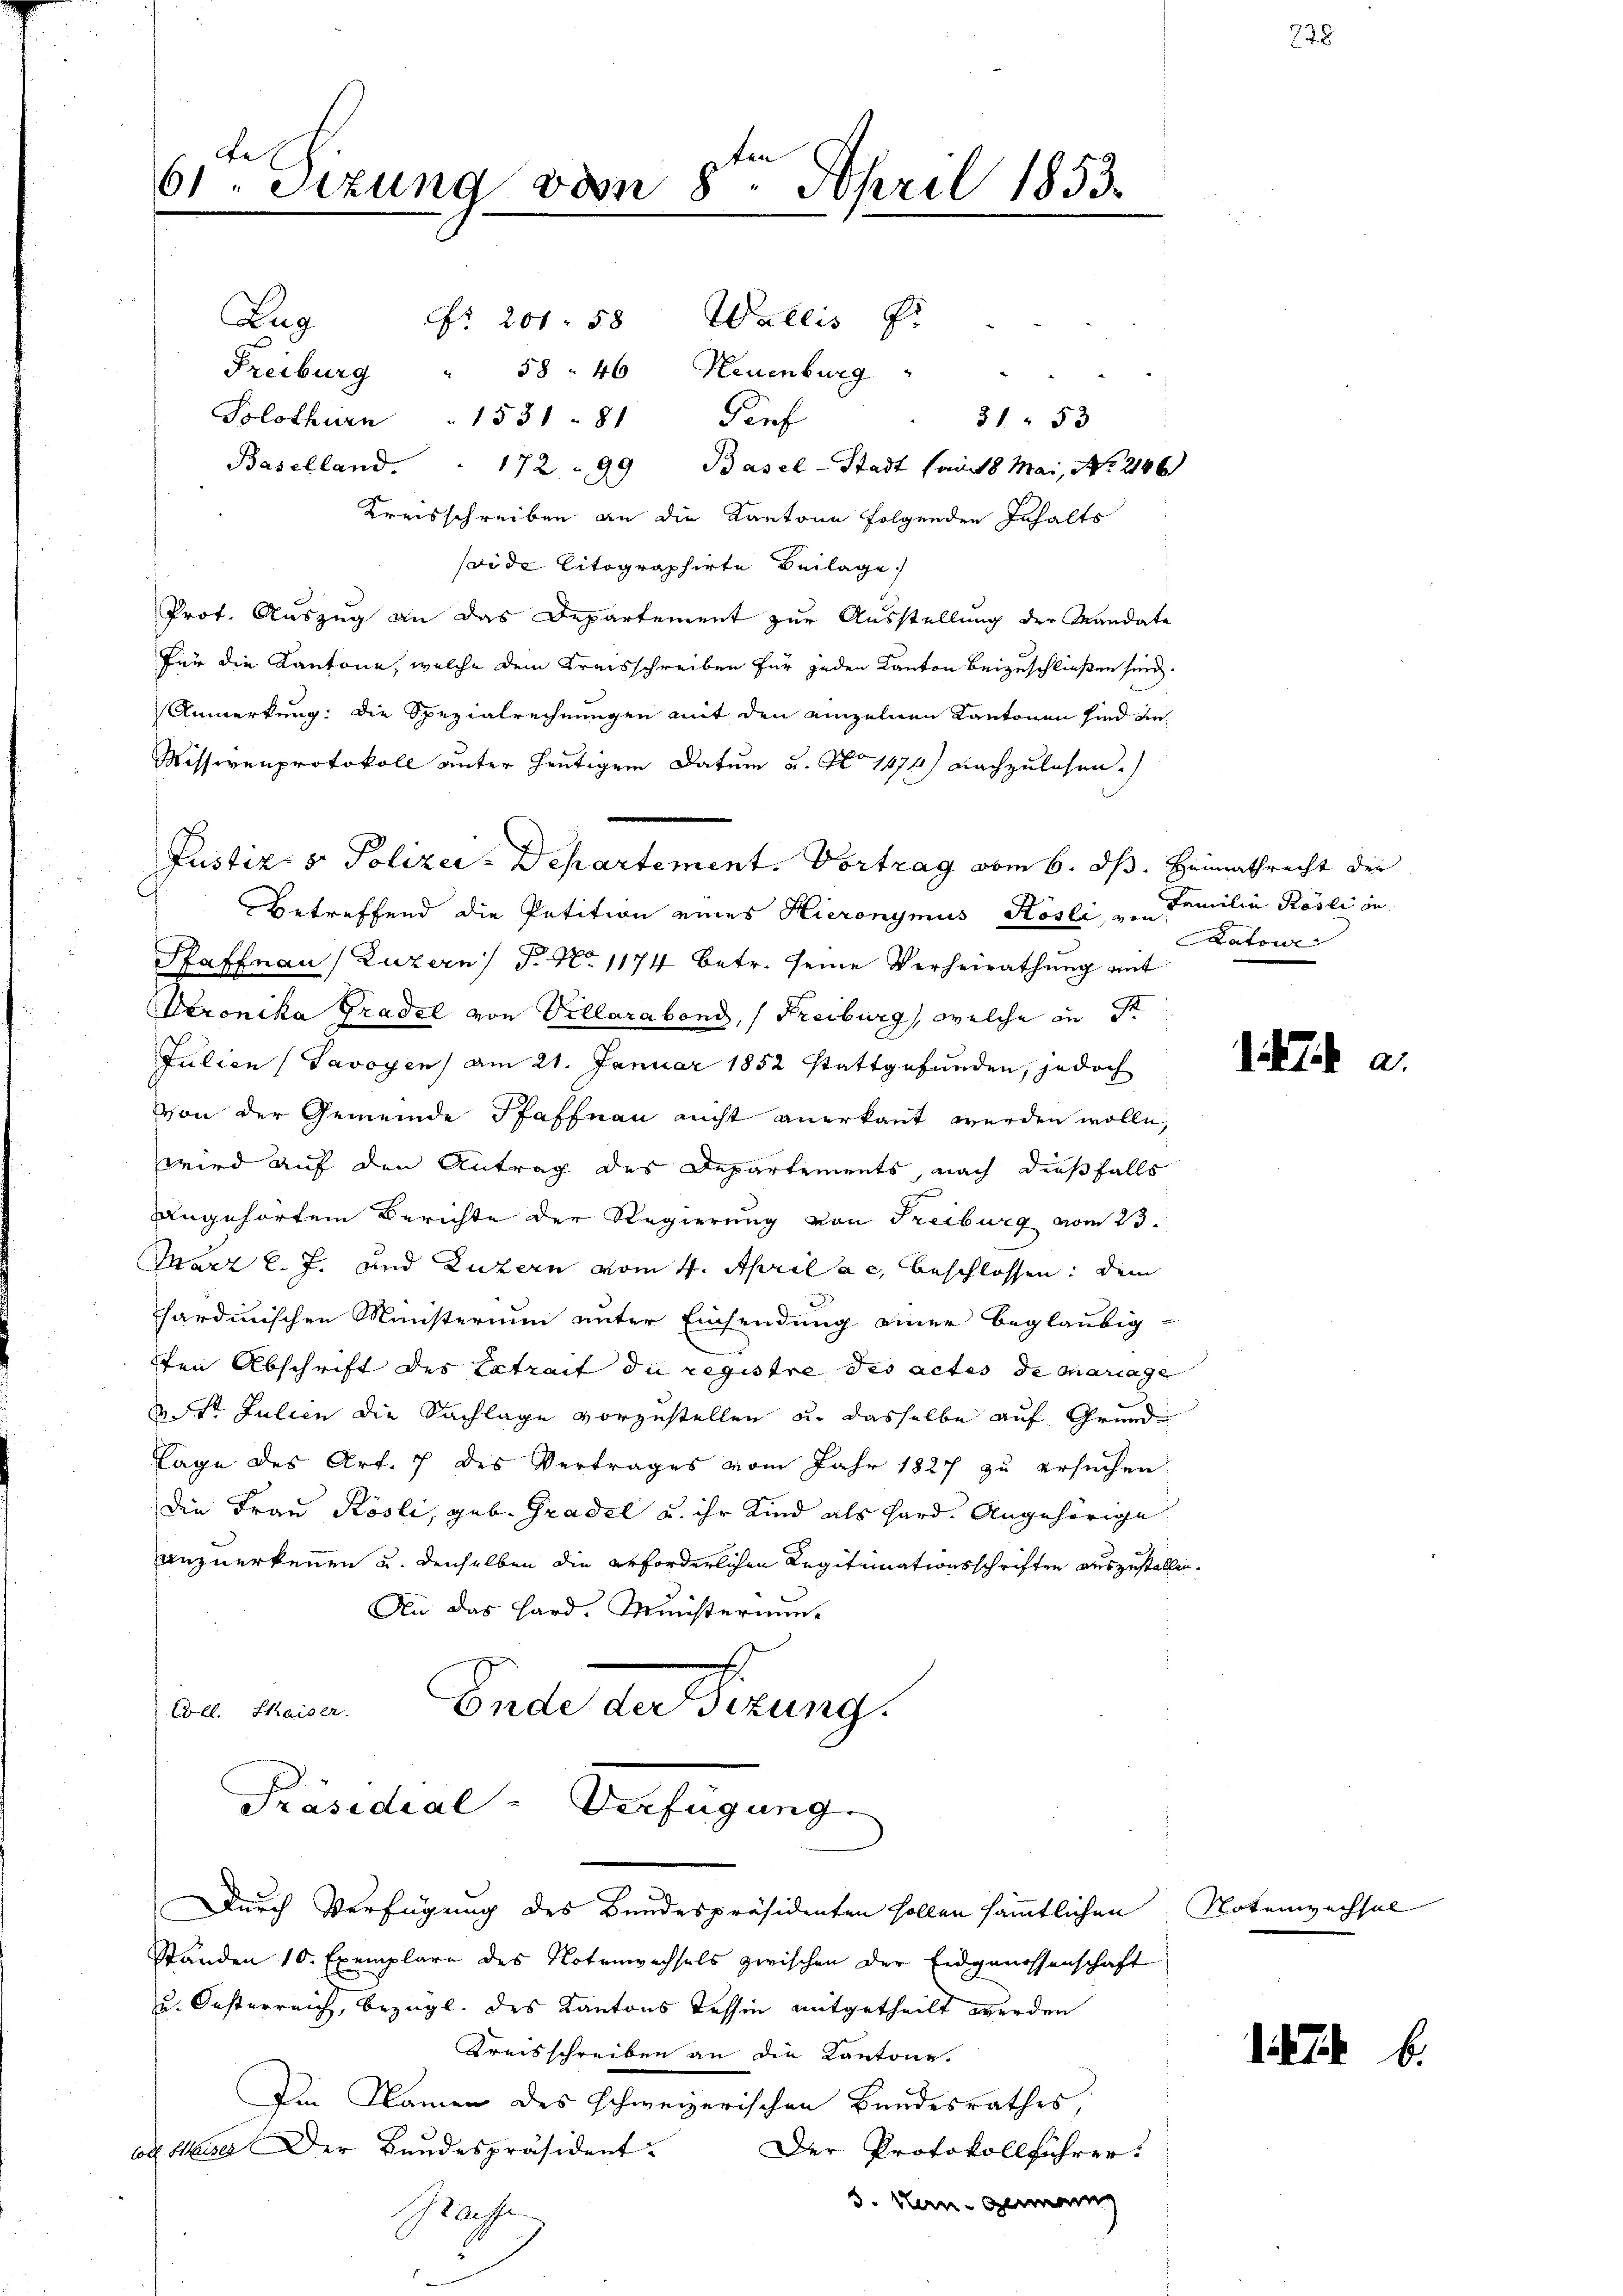
e
ten
61. Sitzung vom 8. April 1853.
Zug
No. 201. 58 Wallis Fr

Freiburg " 58. 46 Neuenburg
Solothurn . 1531 - 81 Perf
31 " 53
Baselland. . 172 " 99 Basel-Stadt (am 18 Mai, No. 2146)
Kreisschreiben an die Kantone folgenden Inhalts
seide litographirte Beilage
Prof. Auszug an das Departement zur Ausstellung der Mandate
für die Kantone, welche dem Kreisschreiben für jeden Kanton beizuschließen sind.
Anmerkung: die Spezialrechnungen mit den einzelnen Kantonen sind de
Missivenprotokoll unter heutigem Datum u. No 1474) nachzulesen.
Justiz- & Polizei-Departement. Vortrag vom 6. ds. Heimathrecht der
Betreffend die Petition eines Hieronymus Kösli, u. Familie Pösli in
Saffnau (Luzern T. No 1174 betr. seine Verheirathung mit
Veronika Gradel von Villarabend, (Freiburg, welche in S
Julien (Savoyen am 21. Januar 1852 stattgefunden, jedoch
von der Gemeinde Pfaffnau nicht anerkannt werden wolle,
wird auf den Antrag des Departements, nach dießfalls
angehörtem Berichte der Regierung von Freiburg vom 23.
März l. J. und Luzern vom 4. April ac. beschlossen: Dem
sardinischen Ministerium unter Einsendung einer beglaubig-
ten Abschrift des Extrait du registre des actes de mariage
do St. Julien die Sachlage vorzustellen u. dasselbe auf Grund-
Tage des Art. 7 des Vertrages vom Jahr 1827 zu ersuchen
Die Frau Kösli, geb. Gradel u. ihr Kind als Hard. Angehörige
anzuerkennen u. denselben die erforderlichen Legiteinationsschriften auszustellen.
An das Hard. Ministerium
an mein. Ende der erung.
Präsidial-Verfügung.
Durch Verfügung des Bundespräsidenten sollen sämmtlichen
Ständen 10. Exemplare des Notenwechsels zwischen der Eidgenossenschaft
u. Oesterreich, bezügl. des Kantons Tessin mitgetheilt werden
Kreisschreiben an die Kantone.
Im Namen des schweizerischen Bandesrathes,
coll Heiser Der Bundespräsident
Der Protokollführer.
3. Man genann
Pachte

Ratone

det sie a.

Notenwechsel

b.